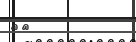
٦٢